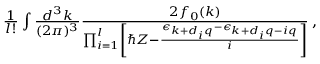
\begin{array} { r } { \frac { 1 } { l ! } \int \frac { d ^ { 3 } k } { ( 2 \pi ) ^ { 3 } } \frac { 2 f _ { 0 } ( \boldsymbol { k } ) } { \prod _ { i = 1 } ^ { l } \left[ \hbar { Z } - \frac { \epsilon _ { \boldsymbol { k } + d _ { i } \boldsymbol { q } } - \epsilon _ { \boldsymbol { k } + d _ { i } \boldsymbol { q } - i \boldsymbol { q } } } { i } \right] } \, , } \end{array}